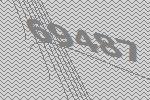
69487